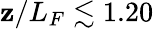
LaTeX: \mathbf{z}/L_{F}\lesssim1.20